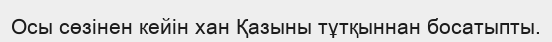
Осы сөзінен кейін хан Қазыны тұтқыннан босатыпты.